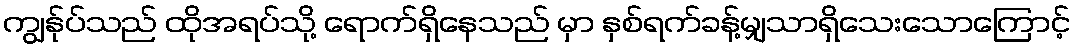
ကျွန်ုပ်သည် ထိုအရပ်သို့ ရောက်ရှိနေသည် မှာ နှစ်ရက်ခန့်မျှသာရှိသေးသောကြောင့်